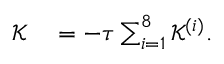
\begin{array} { r l } { \mathcal { K } } & { { } = - \tau \sum _ { i = 1 } ^ { 8 } \mathcal { K } ^ { ( i ) } . } \end{array}